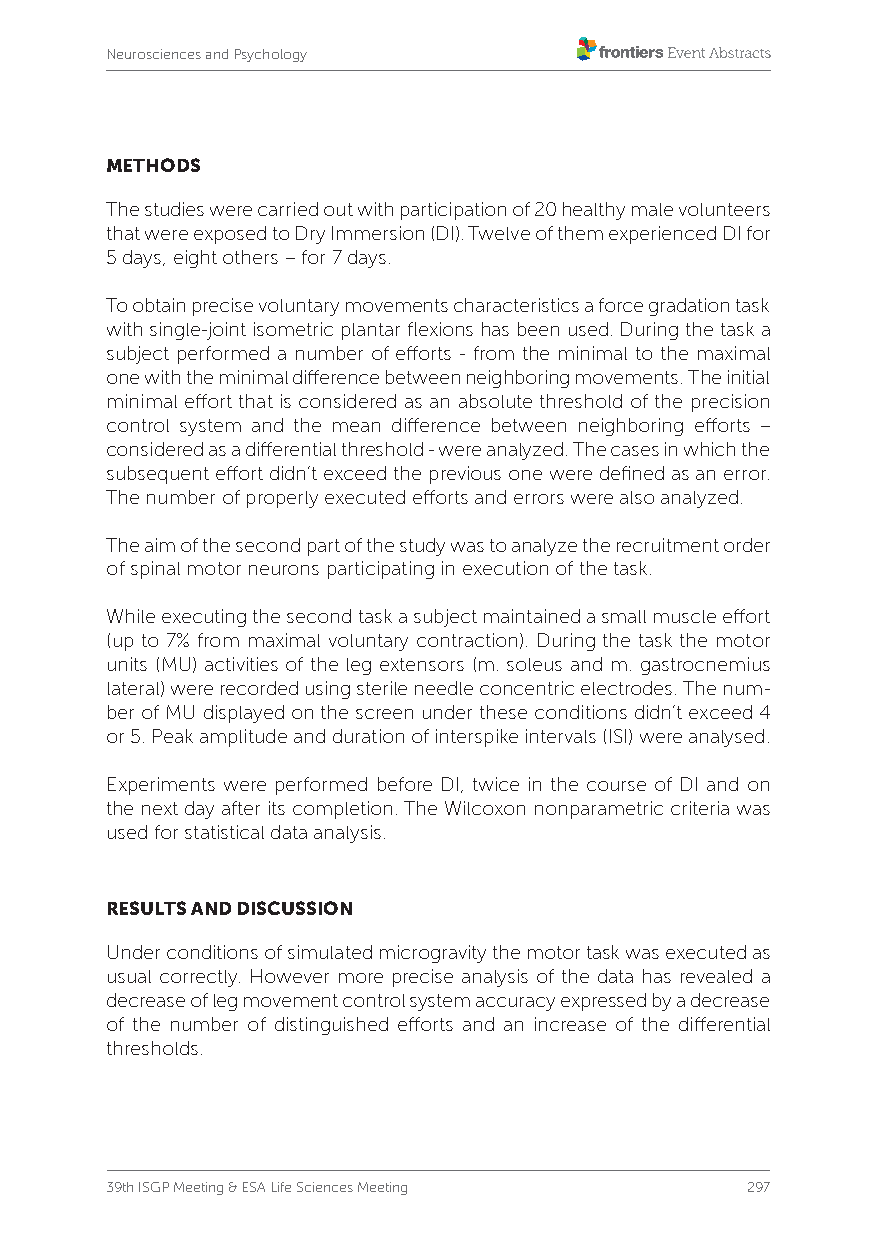
Neurosciences and Psychology
 METHODS
 The studies were carried out with participation of 20 healthy male volunteers
 that were exposed to Dry Immersion (DI). Twelve of them experienced DI for
 5 days, eight others – for 7 days.
 To obtain precise voluntary movements characteristics a force gradation task
 with single-joint isometric plantar flexions has been used. During the task a
 subject performed a number of efforts - from the minimal to the maximal
 one with the minimal difference between neighboring movements. The initial
 minimal effort that is considered as an absolute threshold of the precision
 control system and the mean difference between neighboring efforts –
 considered as a differential threshold - were analyzed. The cases in which the
 subsequent effort didn’t exceed the previous one were defined as an error.
 The number of properly executed efforts and errors were also analyzed.
 The aim of the second part of the study was to analyze the recruitment order
 of spinal motor neurons participating in execution of the task.
 While executing the second task a subject maintained a small muscle effort
 (up to 7% from maximal voluntary contraction). During the task the motor
 units (MU) activities of the leg extensors (m. soleus and m. gastrocnemius
 lateral) were recorded using sterile needle concentric electrodes. The num-
 ber of MU displayed on the screen under these conditions didn’t exceed 4
 or 5. Peak amplitude and duration of interspike intervals (ISI) were analysed.
 Experiments were performed before DI, twice in the course of DI and on
 the next day after its completion. The Wilcoxon nonparametric criteria was
 used for statistical data analysis.
 RESULTS AND DISCUSSION
 Under conditions of simulated microgravity the motor task was executed as
 usual correctly. However more precise analysis of the data has revealed a
 decrease of leg movement control system accuracy expressed by a decrease
 of the number of distinguished efforts and an increase of the differential
 thresholds.
 39th ISGP Meeting & ESA Life Sciences Meeting 297